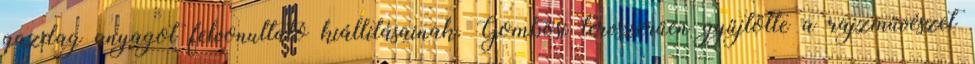
gazdag anyagot felvonultató kiállításainak. Gombosi tervszerűen gyűjtötte a rajzművészet